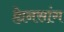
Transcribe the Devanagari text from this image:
ह्येनसांग